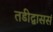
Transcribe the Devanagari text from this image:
तडीद्वाससं